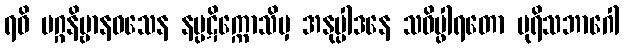
ရဝိ မဂ္ဂနိဗ္ဗာနဝသေန နပ္ပဋိက္ကောသိမှ အနုပ္ပါဒနေ သဝိပ္ဖါရတော ပုရိသဘာဂေါ